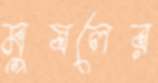
মুষলের